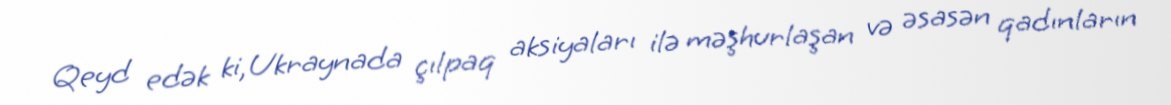
Qeyd edək ki, Ukraynada çılpaq aksiyaları ilə məşhurlaşan və əsasən qadınların